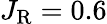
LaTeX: J_{\mathrm{R}}=0.6